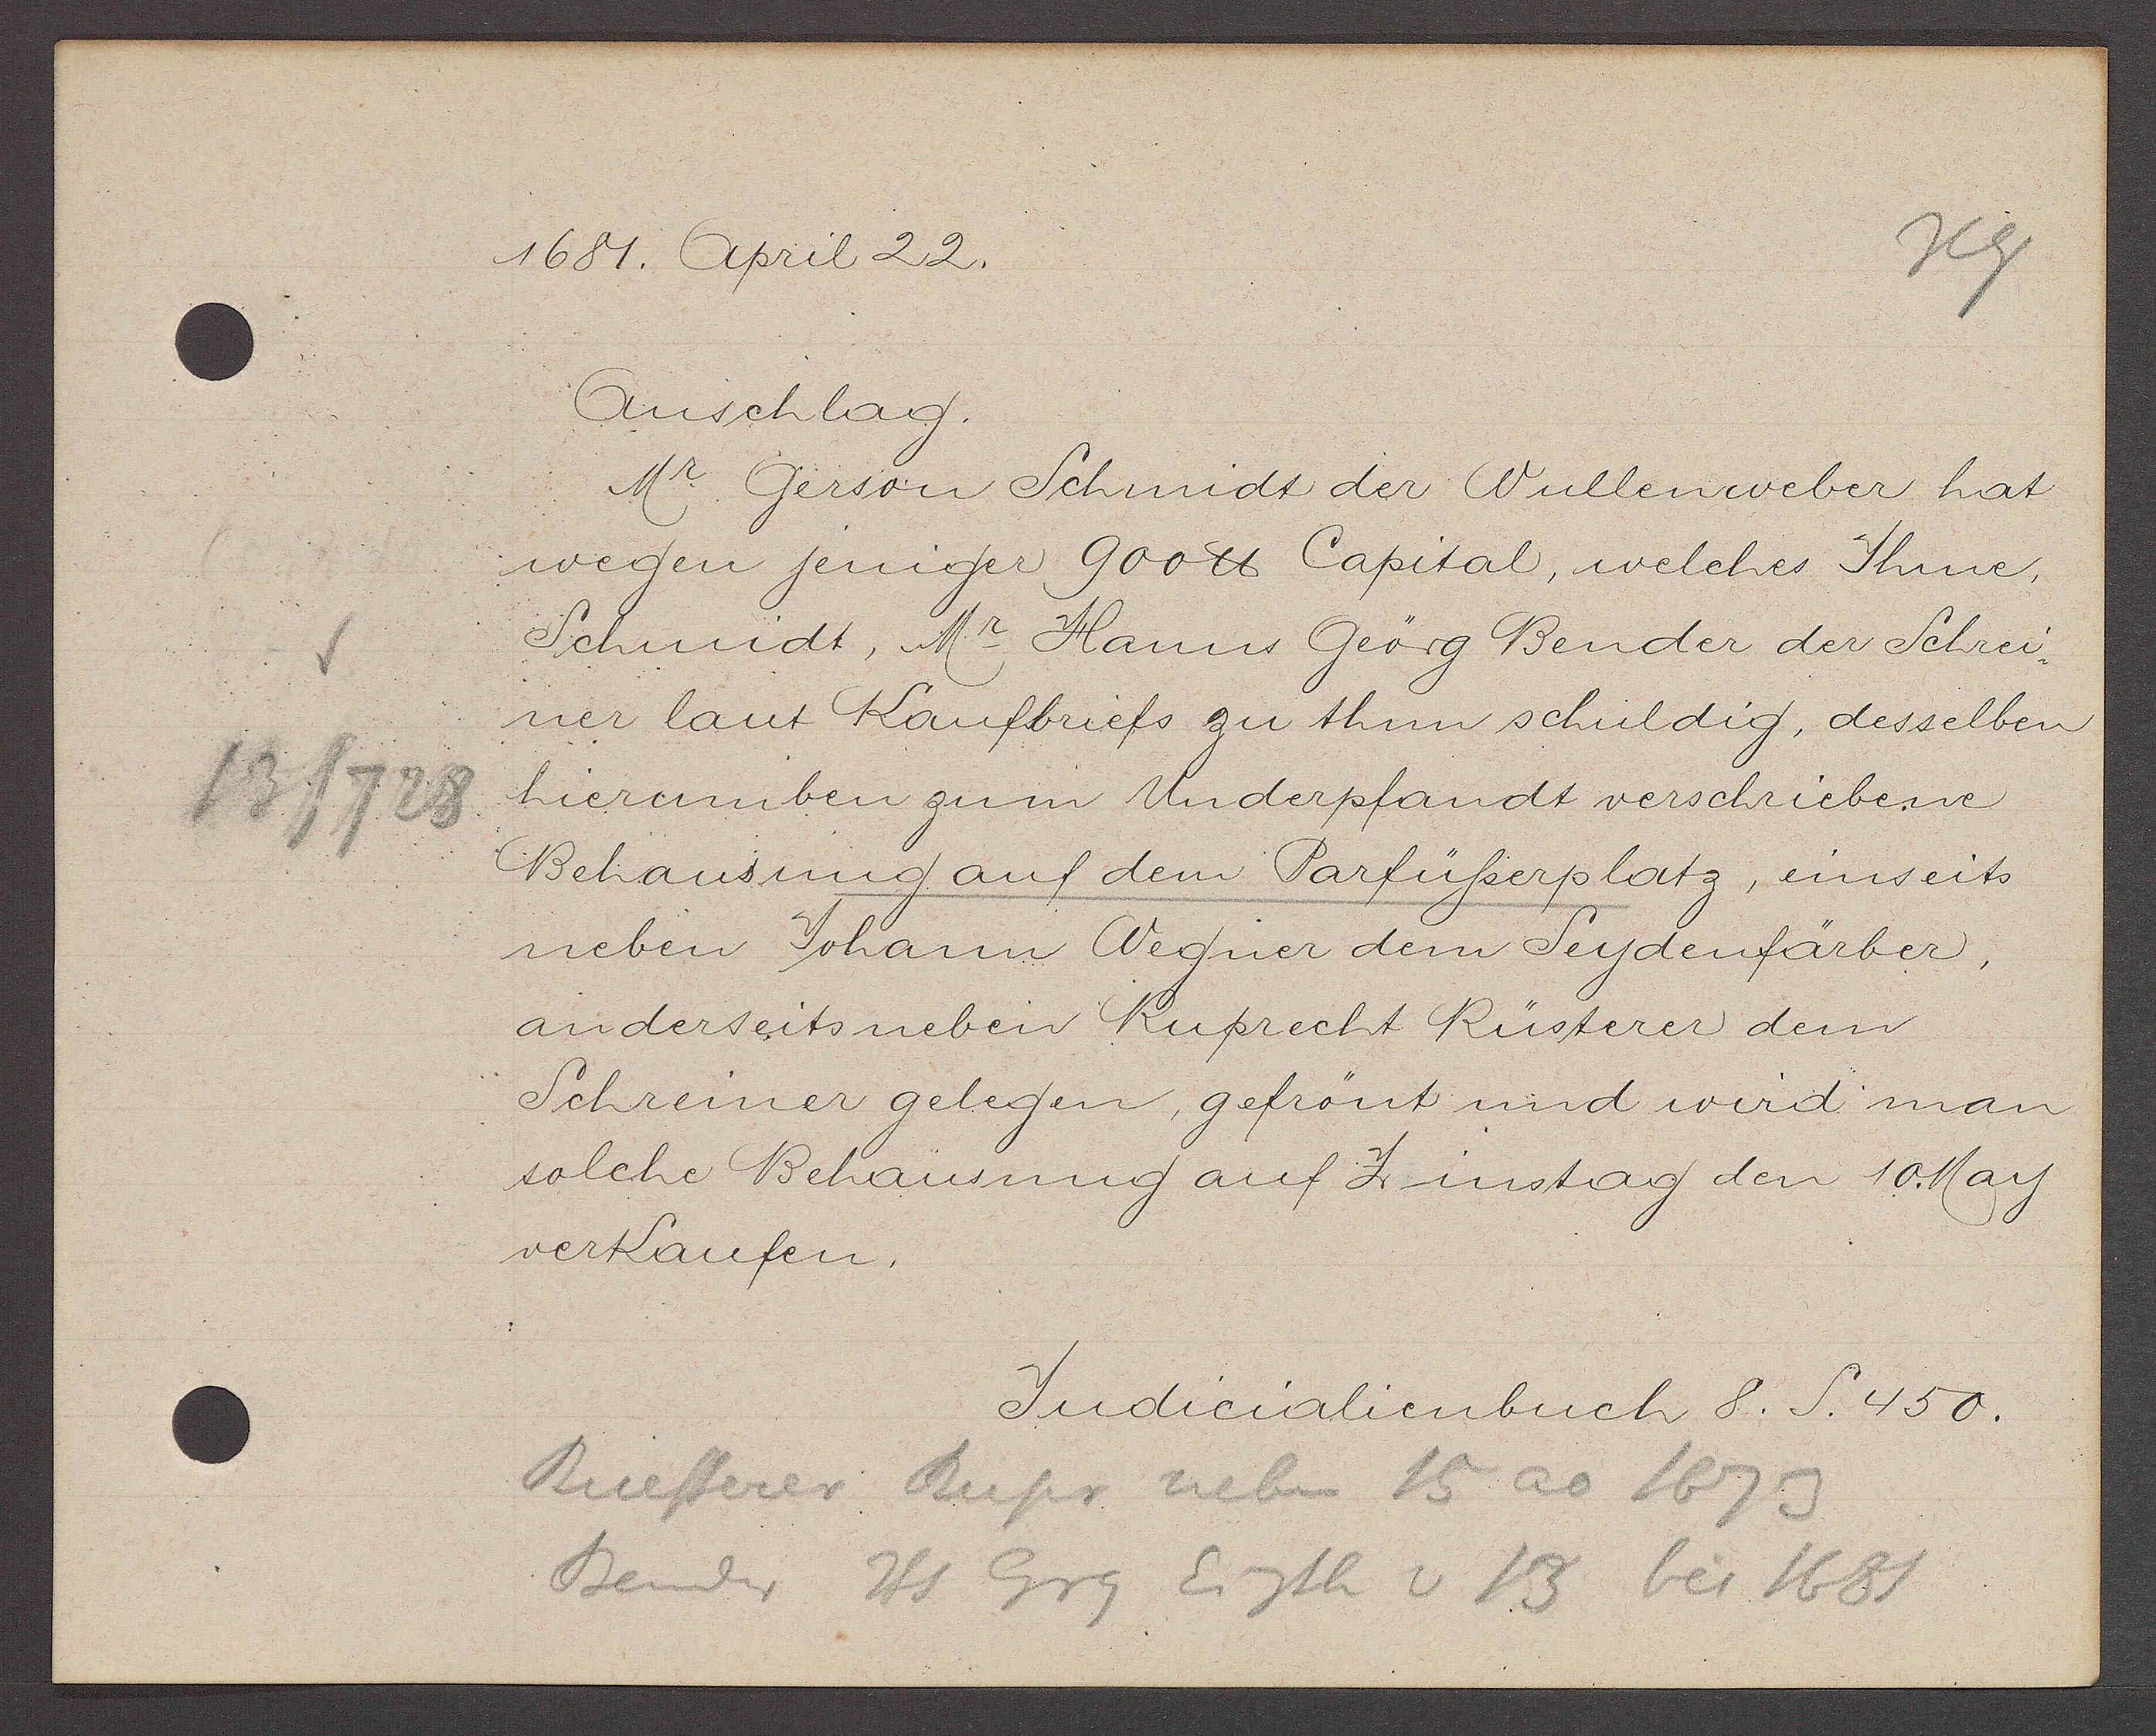
Transcript:
13/728

1684. April 22.

Anschlag.
Mr. Gerson Schmidt der Wullenweber hat
wegen jeniger 900 ℔ Capital, welches Ihme,
Schmidt, Mr. Hanns Geörg Bender der Schrei¬
ner laut Kaufbriefs zu thun schuldig, desselben
hieramben zum Underpfandt verschribene
Behausung auf dem Barfüßerplatz, einseits
neben Johann Wegner dem Seydenfärber,
anderseits neben Ruprecht Rüsterer dem
Schreiner gelegen, gefrönt und wird man
solche Behausung auf Zinstag den 10. May
verkaufen.

Judicalienbuc 8. S. 450.

Ruesterer Rupr neben 15 ao 1673
Bender Hs Grg Eigth v 13 bis 1681